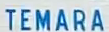
TEMARA